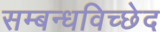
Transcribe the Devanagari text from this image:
सम्बन्धविच्छेद